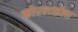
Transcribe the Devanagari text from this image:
कोरलाईला